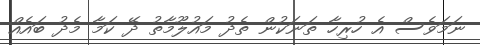
ނަމަވެސް އެ ހުރިހާ ތަނަކުން ތެދު މައުލޫމާތު ދޭ ކަމާ މެދު ބައެއް